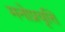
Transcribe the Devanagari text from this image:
मनोप्रवृत्ति